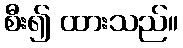
စီး၍ ထားသည်။